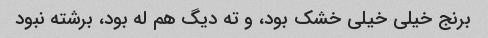
برنج خیلی خیلی خشک بود، و ته دیگ هم له بود، برشته نبود